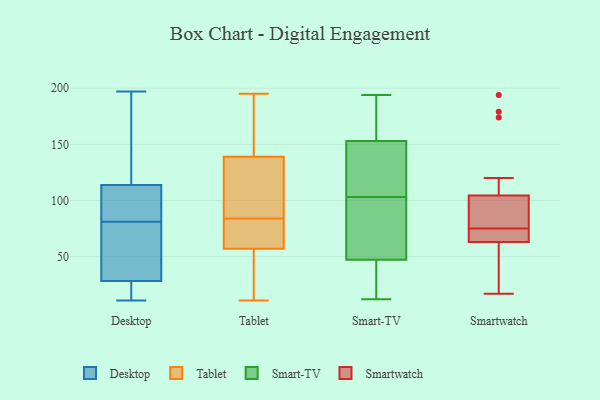
{"axis": {"x": "Energy Usage (MWh)", "y": "Value"}, "legend": ["Desktop", "Smart-TV", "Smartwatch", "Tablet"], "data": [{"x": "", "y": 110, "type": "Desktop"}, {"x": "", "y": 85, "type": "Desktop"}, {"x": "", "y": 197, "type": "Desktop"}, {"x": "", "y": 115, "type": "Desktop"}, {"x": "", "y": 23, "type": "Desktop"}, {"x": "", "y": 32, "type": "Desktop"}, {"x": "", "y": 32, "type": "Desktop"}, {"x": "", "y": 28, "type": "Desktop"}, {"x": "", "y": 88, "type": "Desktop"}, {"x": "", "y": 27, "type": "Desktop"}, {"x": "", "y": 180, "type": "Desktop"}, {"x": "", "y": 192, "type": "Desktop"}, {"x": "", "y": 29, "type": "Desktop"}, {"x": "", "y": 11, "type": "Desktop"}, {"x": "", "y": 66, "type": "Desktop"}, {"x": "", "y": 28, "type": "Desktop"}, {"x": "", "y": 138, "type": "Desktop"}, {"x": "", "y": 95, "type": "Desktop"}, {"x": "", "y": 81, "type": "Desktop"}, {"x": "", "y": 76, "type": "Tablet"}, {"x": "", "y": 97, "type": "Tablet"}, {"x": "", "y": 174, "type": "Tablet"}, {"x": "", "y": 91, "type": "Tablet"}, {"x": "", "y": 77, "type": "Tablet"}, {"x": "", "y": 57, "type": "Tablet"}, {"x": "", "y": 139, "type": "Tablet"}, {"x": "", "y": 28, "type": "Tablet"}, {"x": "", "y": 11, "type": "Tablet"}, {"x": "", "y": 195, "type": "Tablet"}, {"x": "", "y": 194, "type": "Smart-TV"}, {"x": "", "y": 52, "type": "Smart-TV"}, {"x": "", "y": 39, "type": "Smart-TV"}, {"x": "", "y": 27, "type": "Smart-TV"}, {"x": "", "y": 143, "type": "Smart-TV"}, {"x": "", "y": 188, "type": "Smart-TV"}, {"x": "", "y": 141, "type": "Smart-TV"}, {"x": "", "y": 12, "type": "Smart-TV"}, {"x": "", "y": 103, "type": "Smart-TV"}, {"x": "", "y": 75, "type": "Smart-TV"}, {"x": "", "y": 165, "type": "Smart-TV"}, {"x": "", "y": 45, "type": "Smart-TV"}, {"x": "", "y": 48, "type": "Smart-TV"}, {"x": "", "y": 183, "type": "Smart-TV"}, {"x": "", "y": 143, "type": "Smart-TV"}, {"x": "", "y": 149, "type": "Smart-TV"}, {"x": "", "y": 93, "type": "Smart-TV"}, {"x": "", "y": 194, "type": "Smartwatch"}, {"x": "", "y": 120, "type": "Smartwatch"}, {"x": "", "y": 179, "type": "Smartwatch"}, {"x": "", "y": 67, "type": "Smartwatch"}, {"x": "", "y": 174, "type": "Smartwatch"}, {"x": "", "y": 17, "type": "Smartwatch"}, {"x": "", "y": 68, "type": "Smartwatch"}, {"x": "", "y": 81, "type": "Smartwatch"}, {"x": "", "y": 18, "type": "Smartwatch"}, {"x": "", "y": 87, "type": "Smartwatch"}, {"x": "", "y": 69, "type": "Smartwatch"}, {"x": "", "y": 73, "type": "Smartwatch"}, {"x": "", "y": 89, "type": "Smartwatch"}, {"x": "", "y": 59, "type": "Smartwatch"}, {"x": "", "y": 77, "type": "Smartwatch"}, {"x": "", "y": 50, "type": "Smartwatch"}]}